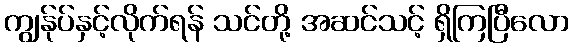
ကျွန်ုပ်နှင့်လိုက်ရန် သင်တို့ အဆင်သင့် ရှိကြပြီလော